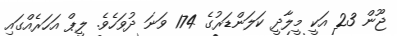
ޖޫން 23 އަކީ މީލާދީ ކަލަންޑަރުގެ 174 ވަނަ ދުވަހެވެ. ލީޕް އަހަރެއްގައި